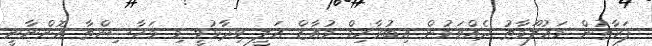
ފަރާތުން މައުލޫމާތު ދެއްވަމުން އިބުރާހިމް މުއާޒް އަލީ ވިދާޅުވީ މި މަހާސިންތާ އޮންނާނީ